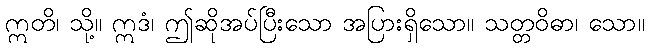
ဣတိ၊ သို့။ ဣဒံ၊ ဤဆိုအပ်ပြီးသော အပြားရှိသော။ သတ္တဝိဓာ၊ သော။